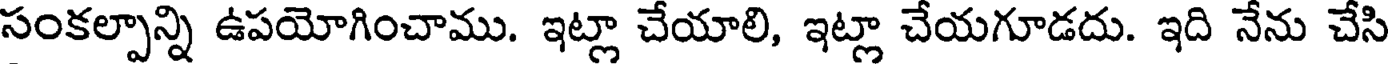
సంకల్పాన్ని ఉపయోగించాము. ఇట్లా చేయాలి, ఇట్లా చేయగూడదు. ఇది నేను చేసి